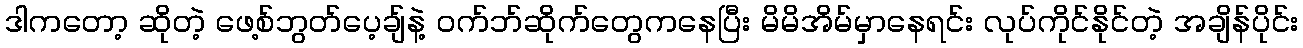
ဒါကတော့ ဆိုတဲ့ ဖေ့စ်ဘွတ်ပေ့ချ်နဲ့ ၀က်ဘ်ဆိုက်တွေကနေပြီး မိမိအိမ်မှာနေရင်း လုပ်ကိုင်နိုင်တဲ့ အချိန်ပိုင်း